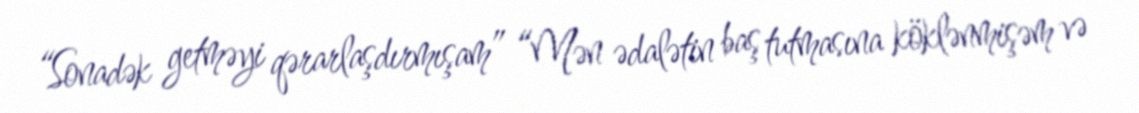
“Sonadək getməyi qərarlaşdırmışam” “Mən ədalətin baş tutmasına köklənmişəm və